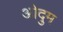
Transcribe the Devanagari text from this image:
ओदुम